Vital statistics of India. Vol. IV, Annual returns from 1871 to 1876. British Army of India, Native Army and jails of Bengal
Year: 1871
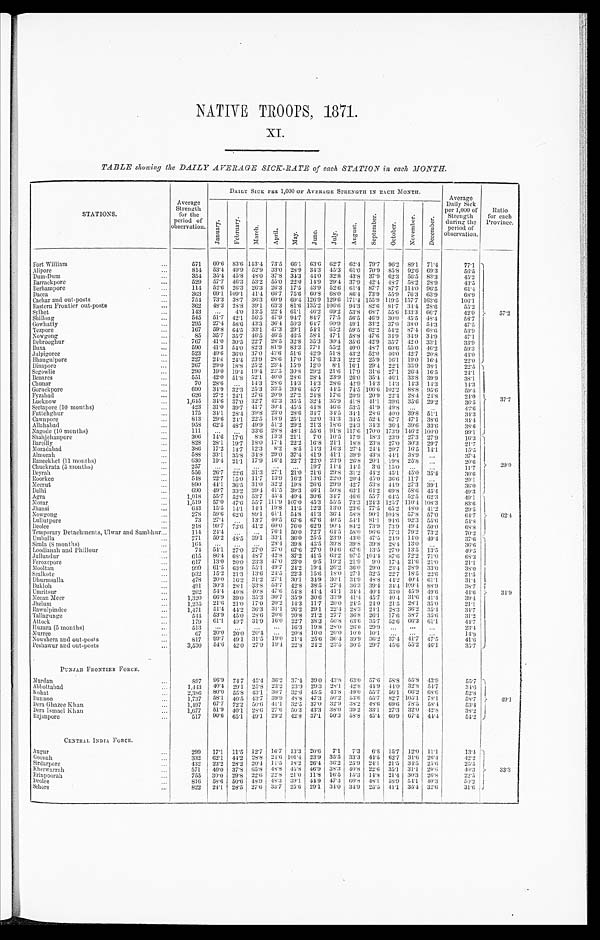
NATIVE TROOPS, 1871.
XI.
TABLE showing the DAILY AVERAGE SICK-RATE of each, STATION in each MONTH.
STATIONS.
Av e r a g e S t r e n g t h f o r t h e p e r i o d o f o b s e r v a t i o n .
DAILY SICK PER 1,000 OF AVERAGE STRENGTH IN EACH MONTH
A v e r a g e D a i l y S i c k p e r 1 , 0 0 0 o f S t r e n g t h d u r i n g t h e p e r i o d o f o b s e r v a t i o n .
R a t i o f o r e a c h P r o v i n c e .
J a n u a r y .
F e b r u a r y .
Ma r c h . Apr i l . May. J u n e .
Jul y.
A u g u s t .
S e p t e mb e r .
October.
No v e mb e r . De c e mb e r .
Fort William
571 60·6 83·6
1 4 3 · 4 73·5 66·1 63·6 62·7 62·4 79·7 96·2 89·1 71·4
77·1
57·2
Alipore
814 53·4 49·9 52·9 33·0 28·9 34·3
4 5 · 3
61·0 70·9 85·8
9 2 · 6
6 9 · 3
5 6 · 5
Dum-Dum
354 35·4 45·8 48·0 37·8 34·3 44·0 32·8 43·8 37·9 62·3 56·5 83·3
4 5 · 2
Barrackpore
529 57·7 46·3 53·2 55·0 22·0 14·9 29·4 37·9 42·4 48·7 58·2 28·9
43·5
Berhampore
114
5 2 · 6
2 6 · 3
2 6 · 3
2 6 · 3
1 7 · 5
4 3 · 9
5 2 · 6
6 1 · 4 8 7 · 7
8 7 · 7
1 1 4 · 0
9 6 · 5
6 1 · 4
Daeea
3 6 3
6 9 · 1
1 0 9 · 1
4 1 · 4
6 6 · 7
7 5 · 6 6 0 · 8
6 8 · 0
8 6 · 4
7 3 · 9
5 5 · 9
7 6 · 3
6 3 · 9
6 8 · 9
Cachar and out-posts
754
7 3 · 3
3 8 · 7
3 6 · 3
6 0 · 9
6 9 · 4
1 2 6 · 9
1 2 9 · 6
1 7 1 · 4
1 5 5 · 9
1 1 9 · 5
1 5 7 · 7
1 6 3 · 6
1 0 6 · 1
Eastern Frontier out-posts
362
4 8 · 3
2 8 · 8
3 9 · 1
6 3 · 3
8 1 · 6 1 3 5 · 2
1 0 6 · 6
9 4 · 3
8 2 · 6
8 1 · 7
3 4 · 4
2 8 · 6
5 5 · 2
Sylhet
143
. . .
4 · 0
1 3 · 5
2 2 · 4
6 1 · 1
4 6 · 2
6 9 · 2
5 3 · 8
6 8 · 7
5 5 · 6
1 3 3 · 3
6 6 · 7
4 2 ·
Shillong
5 4 5
5 1 · 7 4 2 · 1
5 6 · 5
4 7 · 9
9 4 · 7 8 4 · 7
7 7 · 5
5 6 · 5 4 6 · 9
3 0 · 0 4 5 · 5
4 8 · 4
5 8 · 7
Gowhatty
295
2 7 · 4
5 8 · 6
4 3 · 3
3 6 · 4
5 0 · 3
6 4 · 7
6 0 · 9
4 9 · 1
3 3 · 2
3 7 · 0
3 8 · 0
5 4 · 3
4 7 · 5
Tezpore
167
5 9 · 8
6 4 · 5
3 3 · 1
4 7 · 3
2 9 · 1
5 4 · 1
6 5 · 2
5 9 · 5
6 2 · 2
5 4 · 2
8 7 · 4
6 8 · 6
5 3 · 9
Nowgong
85 35·7 35·7
4 6 · 5 46·5 46·5 58·1 47·1 58·8 47·6 34·9 34·9 34·9
47·1
Debrooghur
767
4 1 · 0
3 0 · 5
2 2 · 7
2 8 · 5
3 2 · 8
3 5 · 3
3 0 · 4
3 5 · 6
4 2 · 9
3 5 · 7
4 2 · 0
3 3 · 1
3 3 · 9
Buxa
590
4 1 · 3
5 4 · 0
8 2 · 3
8 1 · 9
8 3 · 3
7 7 · 1
5 5 · 2
4 0 · 0
4 8 · 7
6 0 · 6
5 5 · 0
4 6 · 2
5 9 · 3
Julpigoree
523
4 0 · 6
3 6 · 0
3 7 · 0
4 3 · 6
5 1 . 6
4 2 · 9
5 1 · 8
4 3 · 2
5 2 · 0
4 6 · 0
4 2 · 7
2 0 · 8
4 4 · 0
Bhaugulpore
2 2 7
2 4 · 4
2 4 · 4
2 3 · 9 2 8 · 6
1 7 · 0
1 7 · 6
1 3 · 3
2 2 · 2
2 5 · 9
1 6 · 1
1 9 · 0
1 6 · 4
2 2 · 0
Dinapore
267
2 9 · 0
1 8 · 8
2 5 · 2
2 3 · 4
1 5 · 9
1 2 · 0
8 · 1
1 6 · 1
2 9 · 4
2 2 · 1
3 5 · 9
3 8 · 1
2 2 · 5
37·7
Segowlie
290
1 9 · 0
1 9 · 4
1 9 · 4
2 2 · 5
3 0 · 8
2 9 · 2
2 1 · 6
1 7 · 9
3 1 · 6
2 7 · 1
2 6 · 4
1 6 · 5
2 4 · 1
Benares
5 5 1
4 2 · 0
5 1 · 8
5 2 · 1
4 0 · 0
2 8 · 6
2 8 · 4 2 3 · 9
2 6 · 0 3 5 · 4
4 6 · 1 3 3 · 8
3 9 · 9
3 8 · 1
Chunar
7 0
2 8 · 6
. . .
1 4 · 3
2 8 · 6
1 4 · 3
1 4 · 3
2 8 · 6
4 2 · 9
1 4 · 3 1 4 · 3
1 4 · 3
1 4 · 3
1 4 · 3
Goruckpore
6 9 0
3 4 · 9
3 2 · 3
2 5 · 3
3 3 · 5
3 9 · 6 4 5 · 7
4 4 . 5
7 4 · 5
1 0 6 · 6
1 0 2 · 2
8 8 · 8
9 5 · 6
5 9 · 4
Fyzabad
6 2 6
2 7 · 2 2 4 · 1
2 7 · 6
2 0 · 9
2 7 · 2
2 4 · 8
1 7 · 6
2 0 · 9
2 0 · 9
2 2 · 4
2 8 · 4
2 4 · 8
2 4 · 0
Lucknow
1 , 6 4 5
3 4 · 6
3 7 · 0
3 2 · 7 4 2 · 3
3 5 · 5
3 2 · 4
3 5 · 9
4 1 · 8
4 1 · 1
3 9 · 6
3 5 · 6
2 9 · 2
3 6 · 5
Seetapore (10 months)
4 2 3
3 1 · 0
3 9 · 7
4 1 · 7
3 0 · 4
4 5 · 5
4 4 · 8
4 6 · 6
5 3 · 5
4 1 · 9
4 9 · 8 . . .
. . .
4 2 · 6
Futtchghur
1 7 5
3 4 · 1
2 8 · 4
3 9 · 8
2 3 · 0
2 8 · 6
3 4 · 7
3 4 · 5
3 4 · 1
2 8 · 6
4 0 · 0
3 9 · 8
5 1 · 1
3 4 · 3
Cawnpore
8 1 3
2 9 · 6
2 4 · 1
2 2 · 5
1 8 · 9 2 5 · 1
2 2 · 0
3 1 · 3 3 4 · 5
5 2 · 4 6 7 · 7
4 7 · 1
3 8 · 6
3 4 · 4
Allahabad
9 5 8
6 2 · 5
4 8 · 7
4 9 · 9
5 1 · 2
2 9 · 2
2 1 · 3
1 8 · 6
2 4 · 3
3 4 · 3
3 6 · 4
3 9 · 6 3 3 · 6
3 8 · 6
Nagode (10 months)
1 1 1
. . .
. . .
3 3 · 6
2 8 · 8
4 8 · 1
5 5 · 6
9 1 · 8
1 1 7 · 6
1 7 0 · 0
1 7 3 · 9 1 4 6 · 2
1 0 0 · 0
9 9 · 1
Shahjehanpore
306
1 4 · 6
1 7 · 6
8 · 8
1 3 · 3
2 1 · 1
7 · 0
1 0 · 5
1 7 · 9
1 8 · 3
2 3 · 9
2 7 · 3
2 7 · 9
1 6 · 3
29·0
Bareilly
828
2 8 · 1
1 9 · 7
1 8 · 0
1 7 · 4
2 2 · 2
1 6 · 8
2 1 · 1
1 8 · 8
2 3 · 8
2 7 · 0
3 0 · 3
2 9 · 7
2 1 · 7
Moradabad
386
1 7 · 2
1 4 · 7
1 2 · 3
8 · 2
8 · 5
1 1 · 3
1 6 · 3
2 7 · 4
2 4 · 4
2 0 · 7
1 6 · 5
1 4 · 1
1 5 · 5
Almorah
588
3 3 · 1 3 5 · 8
3 4 · 8
2 9 · 0
3 7 · 4
4 1 · 9 4 1 · 1
3 9 · 9 4 3 · 8
4 4 · 1 3 8 · 9 ...
3 7 · 4
Raneekhet (11 months)
630
1 9 · 4
2 1 · 1
1 7 · 9
1 6 · 4
2 2 · 7
2 2 · 0
2 3 · 9 2 6 · 8
2 0 · 1 1 9 · 8
2 5 · 8 ...
2 0 · 6
Chuckrata (5 months)
257 ... ... ... ... ...
1 9 · 7
1 1 · 4
1 4 · 5
3 · 6
1 5 · 0 ... ...
1 1 · 7
Deyrah
556
2 6 · 7
2 2 · 6
3 1 · 3
2 7 · 1 2 1 · 0
2 1 · 6 2 9 · 8
3 1 · 2 4 4 · 2
4 5 · 1
4 5 · 0
3 5 · 4
3 0 · 6
Roorkee
548
2 2 · 7
1 5 · 0
1 1 · 7
1 3 · 9
1 6 · 2
1 3 · 6
2 2 · 0
2 0 · 4
4 5 · 0
3 6 · 6
1 1 · 7
. . .
2 0 · 1
Meerut
890
4 4 · 1
3 6 · 5
3 1 · 0
3 2 · 2
1 9 · 8 2 6 · 6
2 9 · 9
4 2 · 7
5 3 · 8
4 4 · 9
2 7 · 3
3 9 · 1
3 6 · 0
Delhi
1 , 0 1 8
5 5 · 7
5 2 · 0
5 3 · 7
4 5 · 4 4 0 · 4
3 0 · 6
3 4 · 7
4 6 · 6
5 5 · 7
6 4 · 5
5 2 · 5
6 2 · 3
4 9 · 1
Agra
1 , 0 1 8
5 5 · 7
5 2 · 0
5 3 · 7
4 5 · 4
4 0 · 4
3 0 · 6
3 4 · 7
4 6 · 6
5 5 · 7
6 4 · 5
5 2 · 5
6 2 · 3
4 9 · 1
62 · 4
Morar
1,519 57·0 47·6 55·7 111·9 107·0 45·3 55·5 73·3 124·3
1 2 5 · 7 110·4 108·3
83·6
Jhansi
643 15·5 14·1 14·1 19·8 11·5 12·3 13·0 23·6
7 7 · 5
6 5 · 2
4 8 · 0
4 1 · 2
29·5
Nowgong
278
5 9 · 6
6 2 · 6
8 9 · 1
6 1 · 1
5 4 · 8
4 1 · 3 3 6 · 4
5 8 · 8
9 0 · 1
1 0 4 · 8
5 7 · 8
5 7 . 0
6 4 · 7
Lullutpore
73
2 7 · 4
. . .
1 3 · 7
4 0 · 5
6 7 · 6
6 7 · 6
4 0 · 5 5 4 · 1
8 1 · 1
9 4 · 6
9 2 · 3
5 5 · 6
5 4 · 8
Deolee
218
9 9 · 7
7 3 · 6
4 1 · 2
6 0 · 0
7 6 · 0
6 2 · 9
9 0 · 4
8 4 · 2
7 3 · 9
7 3 · 9
4 9 · 4
5 0 · 0
6 8 · 8
Temporary Detachments, Ulwar and Sambhur
114
2 4 · 4
. . .
. . .
7 6 · 1
5 0 · 0
7 2 · 7
6 4 · 5
5 8 · 0
9 6 · 6
7 7 · 3
7 9 · 2
7 3 · 2
7 0 · 2
Umballa
771
5 0 · 2
4 8 · 5
3 9 · 1
3 3 · 1
3 6 · 0
2 5 · 5
2 3 · 9
4 3 · 0
4 7 · 5
2 4 · 9
1 4 · 0
4 9 · 4
3 7 · 6
3 4 · 9
Simla (8 months)
164 ... ... ...
2 8 · 4
3 9 · 8
4 5 · 5
3 9 · 8
3 9 · 8
3 9 · 8
2 8 · 4 1 3 · 0 ...
3 6 · 6
Loodianah and Phillour
74 54·1 27·0 27·0 27·0 67·6 27·0
9 4 · 6
6 7 · 6
1 3 · 5
2 7 · 0
1 3 · 5
1 3 · 5
40·5
Jullundur
615
8 6 · 4
6 8 · 4
4 8 · 7
4 2 · 8
3 7 · 2
4 1 · 5
6 3 · 2
9 7 · 5
1 0 4 · 4
8 7 · 6
7 2 · 2
7 1 · 0
6 8 · 3
Ferozepore
617
1 3 · 0
2 0 · 0
2 3 · 3
4 7 · 0
2 3 · 0
9 · 5
1 9 · 2
2 1 · 9
9 · 0
1 7 · 4 2 1 · 6
2 1 · 0
2 1 · 1
Mooltan
999 61·5 63·9 55·1 49·7 24·2 19·4 26·2 36·0 29·0 23·4
2 8 · 9
3 3 · 0
38·0
Sealkote
932 15·2 21·3 13·6 24·5 22·3 15·6 18·0 27·1 32·5 22·7
1 8 · 5
2 2 · 6
21·5
Dhurmsalla
478 20·0 16·2 21·2 27·1 30·1 34·9
3 0 · 1
3 4 · 9
4 8 · 8
4 4 · 2
4 0 · 4
6 1 · 1
31·4
Bukloh
491 30·3 28·1 33·8 53·7 42·8 38·5
2 7 · 4
3 6 · 3
3 9 · 4
3 4 · 4
1 0 9 · 4
8 8 · 9
38·7
Umritsur
202
5 4 · 4
4 0 · 8
4 0 . 8
4 7 · 6
5 4 · 8
4 1 · 4
4 1 · 1
3 4 · 4
4 0 · 4
3 3 · 0
4 5 · 9
4 9 · 6
4 4 · 6
Meean Meer
1,320
6 6 · 9
3 9 · 0
3 5 · 3
3 0 · 7
3 5 · 9
3 0 . 6
3 3 · 9
4 1 · 4
4 5 . 7
4 0 · 4
3 1 . 6
4 1 · 4
3 9 . 4
Jhelum
1,235
2 1 · 6
2 1 · 0
1 7 · 0
2 0 · 2
1 4 · 3
1 1 · 7
2 0 · 0
2 4 · 5
2 4 · 0
2 1 · 5
2 8 · 1
3 5 · 0
2 1 · 1
Rawulpindee
1,471 51·4 44·2 36·3 31·1 26·2 29·1 22·4 28·3 24·1 28·3 36·2
3 5 · 4
34·7
Tallagunge
544 53·9 45·0 28·6 20·6 20·8 21·2 27·7 36·8 26·1 17·6
3 8 · 7
3 5 · 6
31·2
Attock
179 61·1 49·7 31·9 16·0 22·7 38·3 50·8 63·6 35·7 52·6
6 6 · 3 61·1
44·7
Huzara (5 months)
513 ... ... ... ... 16·3
1 9 · 8 28·0 26·0
2 9 · 9 ... ... ...
2 3 · 4
Murree
67 20·0 20·0 20·4 ... 20·8
1 0 · 0
2 0 · 0
1 0 · 0
1 0 · 1 ... ... ...
1 4 · 9
Nowshera and out-posts
817 99·7 49·1 31·5 19·0
2 1 · 4 25·6
3 6 · 4
3 9 · 9
3 6 · 2
3 7 · 4
4 1 · 7
4 7 · 5
4 1 · 6
Peshawur and out-posts
3,530 54·6 42·0
2 7 · 9
1 9 · 4
2 2 · 8
2 4 · 2
2 3 · 5
3 0 · 5
2 9 · 7
4 5 · 6
5 5 · 2
4 6 · 1
3 5 · 7
PUNJAB FRONTIER FORCE.
Murdan
897 96·9 74·7 45·4 36·2 37·4 39·0 43·8 63·0 57·6 58·8 55·8 43·9
55·7
49·1
Abbottabad
1,443
4 0 · 4
2 9 · 1
2 5 · 8
2 3 · 2
2 3 · 9
2 9 · 3
2 8 · 1
4 2 · 8
4 4 · 9
4 4 · 0
3 2 · 8
5 4 · 7
3 4 · 6
Kohat
2,386 80·0
5 5 · 8
4 3 · 1
3 0 · 7
3 2 · 6
4 5 · 5
4 3 · 8
4 9 · 0
5 5 · 7
5 6 · 1
6 6 · 2
6 8 · 6
52·8
Bunnoo
1,737 58·1 40·5 43·7 39·9 48·8 47·3 50·2 53·6 55·7 82·7 105·1 78·1
58·7
Dera Ghazee Khan
1,497 67·7 72·2 50·6
4 1 · 1
32·5 37·0 32·9 38·2 48·6 69·6
7 8 . 5
5 8 . 4
53·4
Dera Ismael Khan
1,677 51·9 40·1 28·6 27·6 50·3 43·3 38·0 39·2 33·1 27·3
3 2 · 0 42·8
38·2
Rajanpore
517 90·6 65·1 49·1
2 9 · 2
4 2 · 8
3 7 · 1
5 0 · 3
5 8 · 8
4 5 · 4
6 0 · 9
6 7 · 4
4 4 · 4
5 4 · 2
CENTRAL INDIA FORCE.
Augur
299 17·1 11·5 12·7 16·7 13·3 20·6 7·1 7·3
6 · 8 15·7 12·0 11·1
13·4
3 3 · 3
Goonah
332 62·1 44·2 28·8
2 4 · 6
1 0 1 · 4
2 3 · 9
3 5 · 5
3 3 · 3
4 4 · 5
6 2 · 7
3 1 · 6
2 6 · 4
4 2 · 2
Sirdarpore
432 23·2 28·2 20·4
1 1 · 5
1 8 · 2
2 6 · 4
3 6 · 2
2 5 · 9
2 4 · 1
2 1 · 5
3 4 · 5
2 5 · 6
2 5 · 2
Kherwarrah
571 40·0 37·8 65·8 48·8 45·8 46·9 38·3 40·8 22·6 35·1
3 1 · 1 29·6
4 0 · 3
Erinpoorah
755 30·0 29·8 22·6 22·8 21·0 11·8 16·5 15·3 14·8 21·4 30·3 26·8
22·5
Deolee
816 58·6 50·6 48·9 48·3 39·1 44·9
4 7 · 3
6 0 · 8
4 8 · 1
5 8 · 9
5 4 · 1
4 0 · 3
5 0 · 2
Sehore
822 24·1 28·5 27·6
3 3 · 7
2 5 · 6
2 9 · 1
3 4 · 0
3 4 · 9
2 5 · 5
4 1 · 1
3 5 · 4
3 2 · 6
3 1 · 6